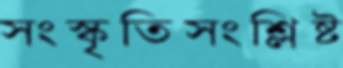
সংস্কৃতিসংশ্লিষ্ট